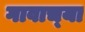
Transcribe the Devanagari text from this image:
गावाच्‍या